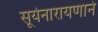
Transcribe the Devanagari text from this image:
सूर्यनारायणाने